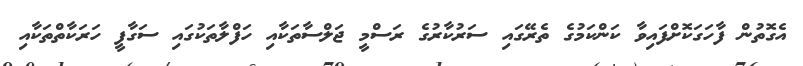
އެގޮތުން ފާހަގަކޮށްފައިވާ ކަންކަމުގެ ތެރޭގައި ސަރުކާރުގެ ރަސްމީ ޖަލްސާތަކާއި ހަފްލާތަކުގައި ސަގާފީ ހަރަކާތްތަކާއި